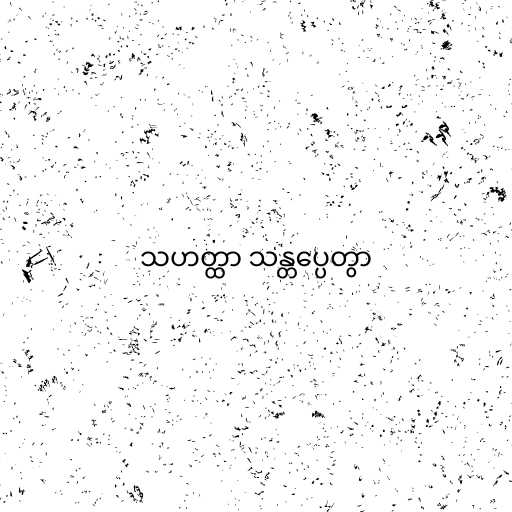
သဟတ္ထာ သန္တပ္ပေတွာ